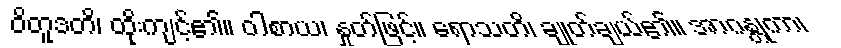
ဝိတူဒတိ၊ ထိုးကျင့်၏။ ဝါစာယ၊ နှုတ်ဖြင့်။ ရောသတိ၊ ချုတ်ချယ်၏။ အာဂန္တုကာ၊